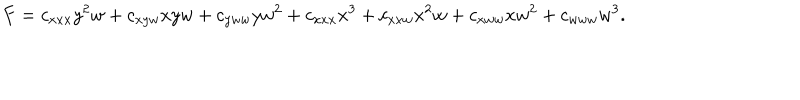
LaTeX: F = c _ { x x x } y ^ { 2 } w + c _ { x y w } x y w + c _ { y w w } y w ^ { 2 } + c _ { x x x } x ^ { 3 } + c _ { x x w } x ^ { 2 } w + c _ { x w w } x w ^ { 2 } + c _ { w w w } w ^ { 3 } .